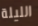
الليلة